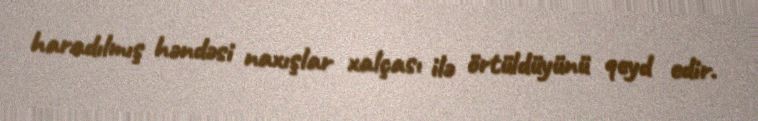
haradılmış həndəsi naxışlar xalçası ilə örtüldüyünü qeyd edir.